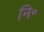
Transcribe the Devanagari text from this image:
नि॰